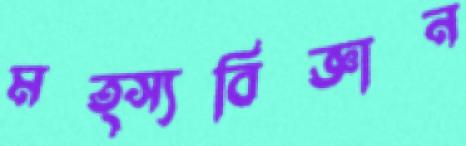
মত্স্যবিজ্ঞান